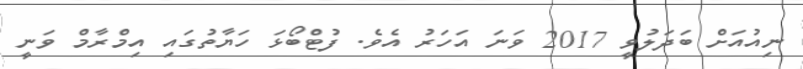
ނިއުއަށް ބަދަލުވީ 2017 ވަނަ އަހަރު އެވެ. ފުޓްބޯޅަ ހަޔާތުގައި އިމްރާމް ވަނީ